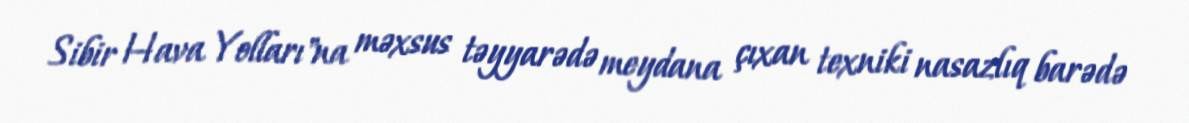
Sibir Hava Yolları"na məxsus təyyarədə meydana çıxan texniki nasazlıq barədə